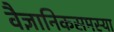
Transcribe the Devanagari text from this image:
वैज्ञानिकसमस्या